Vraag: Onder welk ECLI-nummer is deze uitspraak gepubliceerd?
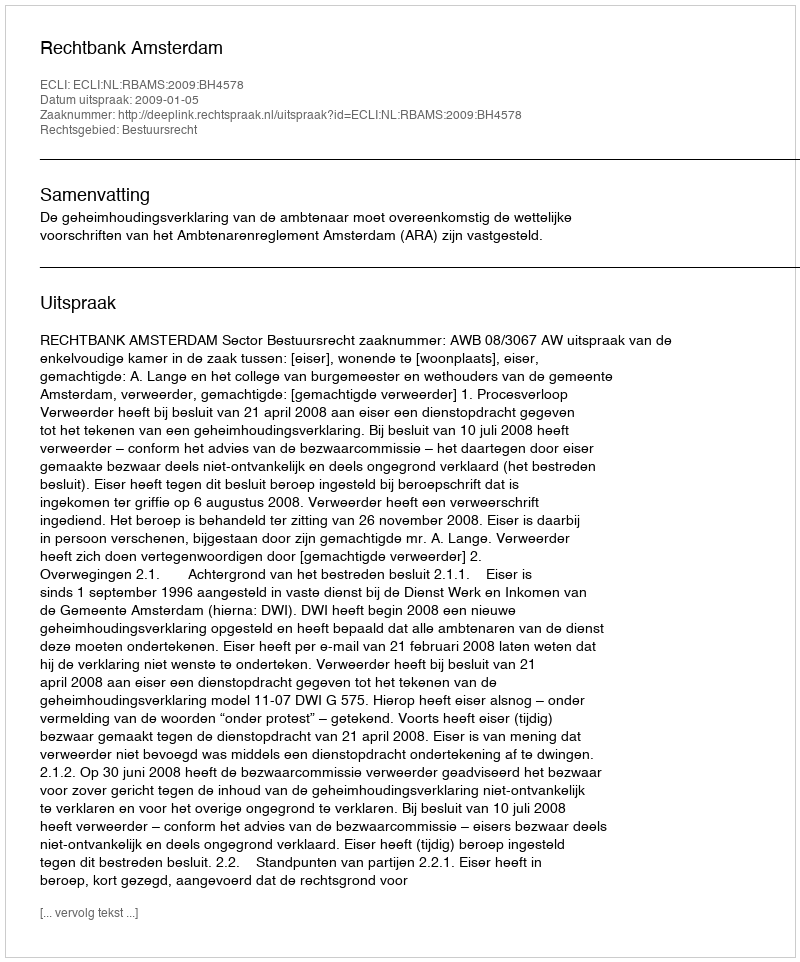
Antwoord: ECLI:NL:RBAMS:2009:BH4578